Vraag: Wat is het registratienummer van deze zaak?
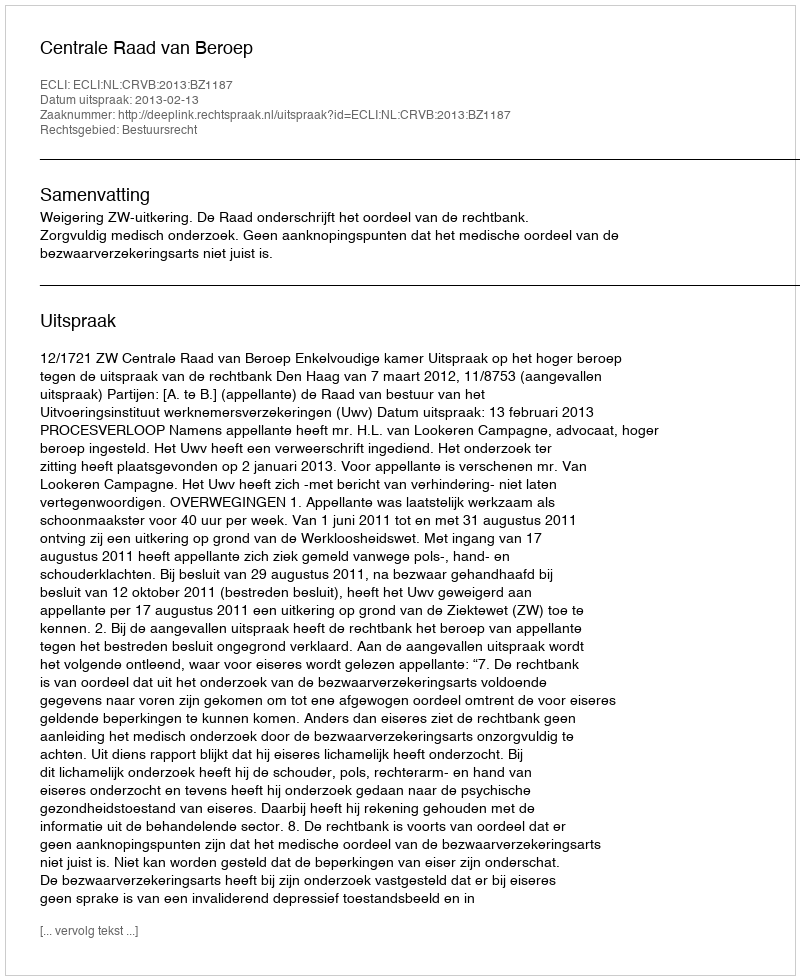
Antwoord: http://deeplink.rechtspraak.nl/uitspraak?id=ECLI:NL:CRVB:2013:BZ1187